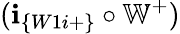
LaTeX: (\textbf{i}_{\{ W1i+\} }\circ\mathbb{W}^{+})